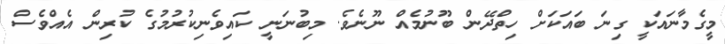
މީގެމާނައަކީ ގިނަ ބައަކަށް ހިތްދޭން ބޫނުމެއް ނޫނެވެ. މިބުނަނީ ކައިވެނިކުރުމުގެ ކުރިން އެއްވެސް